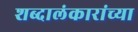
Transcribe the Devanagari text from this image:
शब्दालंकारांच्या